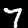
Digit: 7